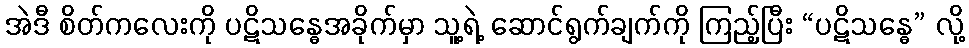
အဲဒီ စိတ်ကလေးကို ပဋိသန္ဓေအခိုက်မှာ သူ့ရဲ့ ဆောင်ရွက်ချက်ကို ကြည့်ပြီး “ပဋိသန္ဓေ” လို့